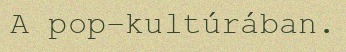
A pop-kultúrában.